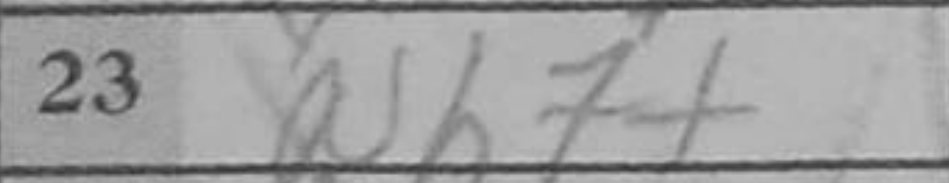
Transcription: Nh7+